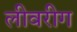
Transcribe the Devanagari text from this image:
लीवरीग